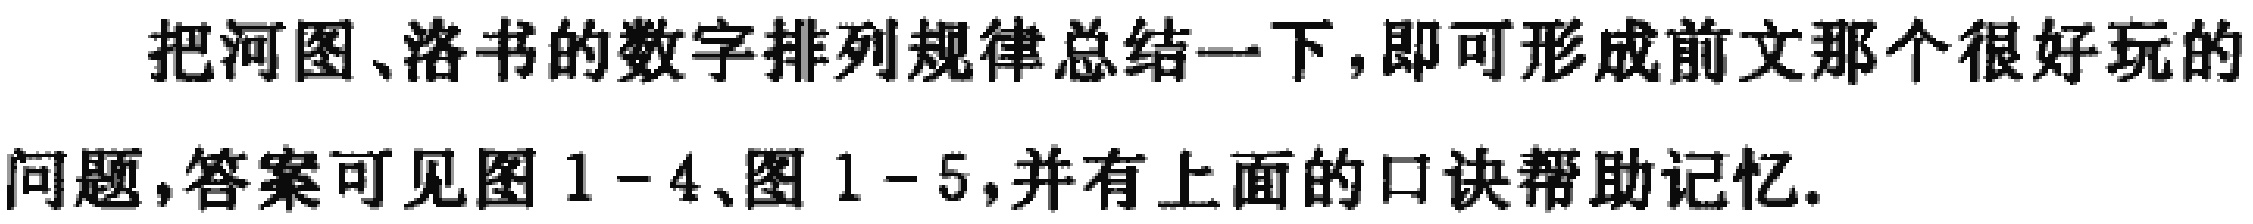
把河图、洛书的数字排列规律总结一下,即可形成前文那个很好玩的问题,答案可见图 \(1 - 4\)、图 \(1 - 5\),并有上面的口诀帮助记忆.